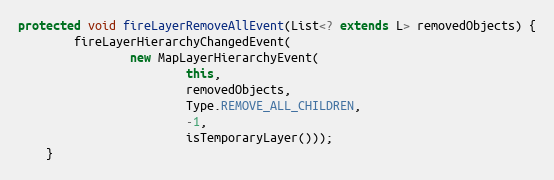
Language: Java
protected void fireLayerRemoveAllEvent(List<? extends L> removedObjects) {
		fireLayerHierarchyChangedEvent(
				new MapLayerHierarchyEvent(
						this,
						removedObjects,
						Type.REMOVE_ALL_CHILDREN,
						-1,
						isTemporaryLayer()));
	}